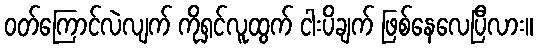
ဝတ်ကြောင်လဲလျက် ကိုရှင်လူထွက် ငါးပိချက် ဖြစ်နေလေပြီလား။